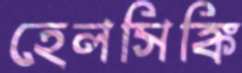
হেলসিঙ্কি